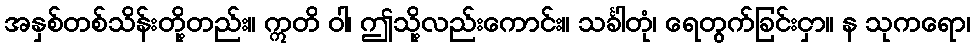
အနှစ်တစ်သိန်းတို့တည်း။ ဣတိ ဝါ၊ ဤသို့လည်းကောင်း။ သင်္ခါတုံ၊ ရေတွက်ခြင်းငှာ။ န သုကရော၊